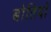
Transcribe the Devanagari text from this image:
बोतियों